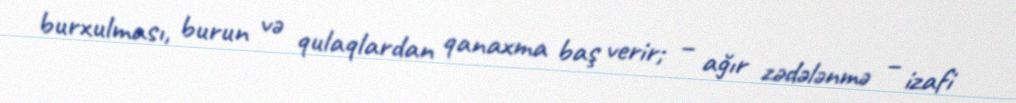
burxulması, burun və qulaqlardan qanaxma baş verir; – ağır zədələnmə – izafi